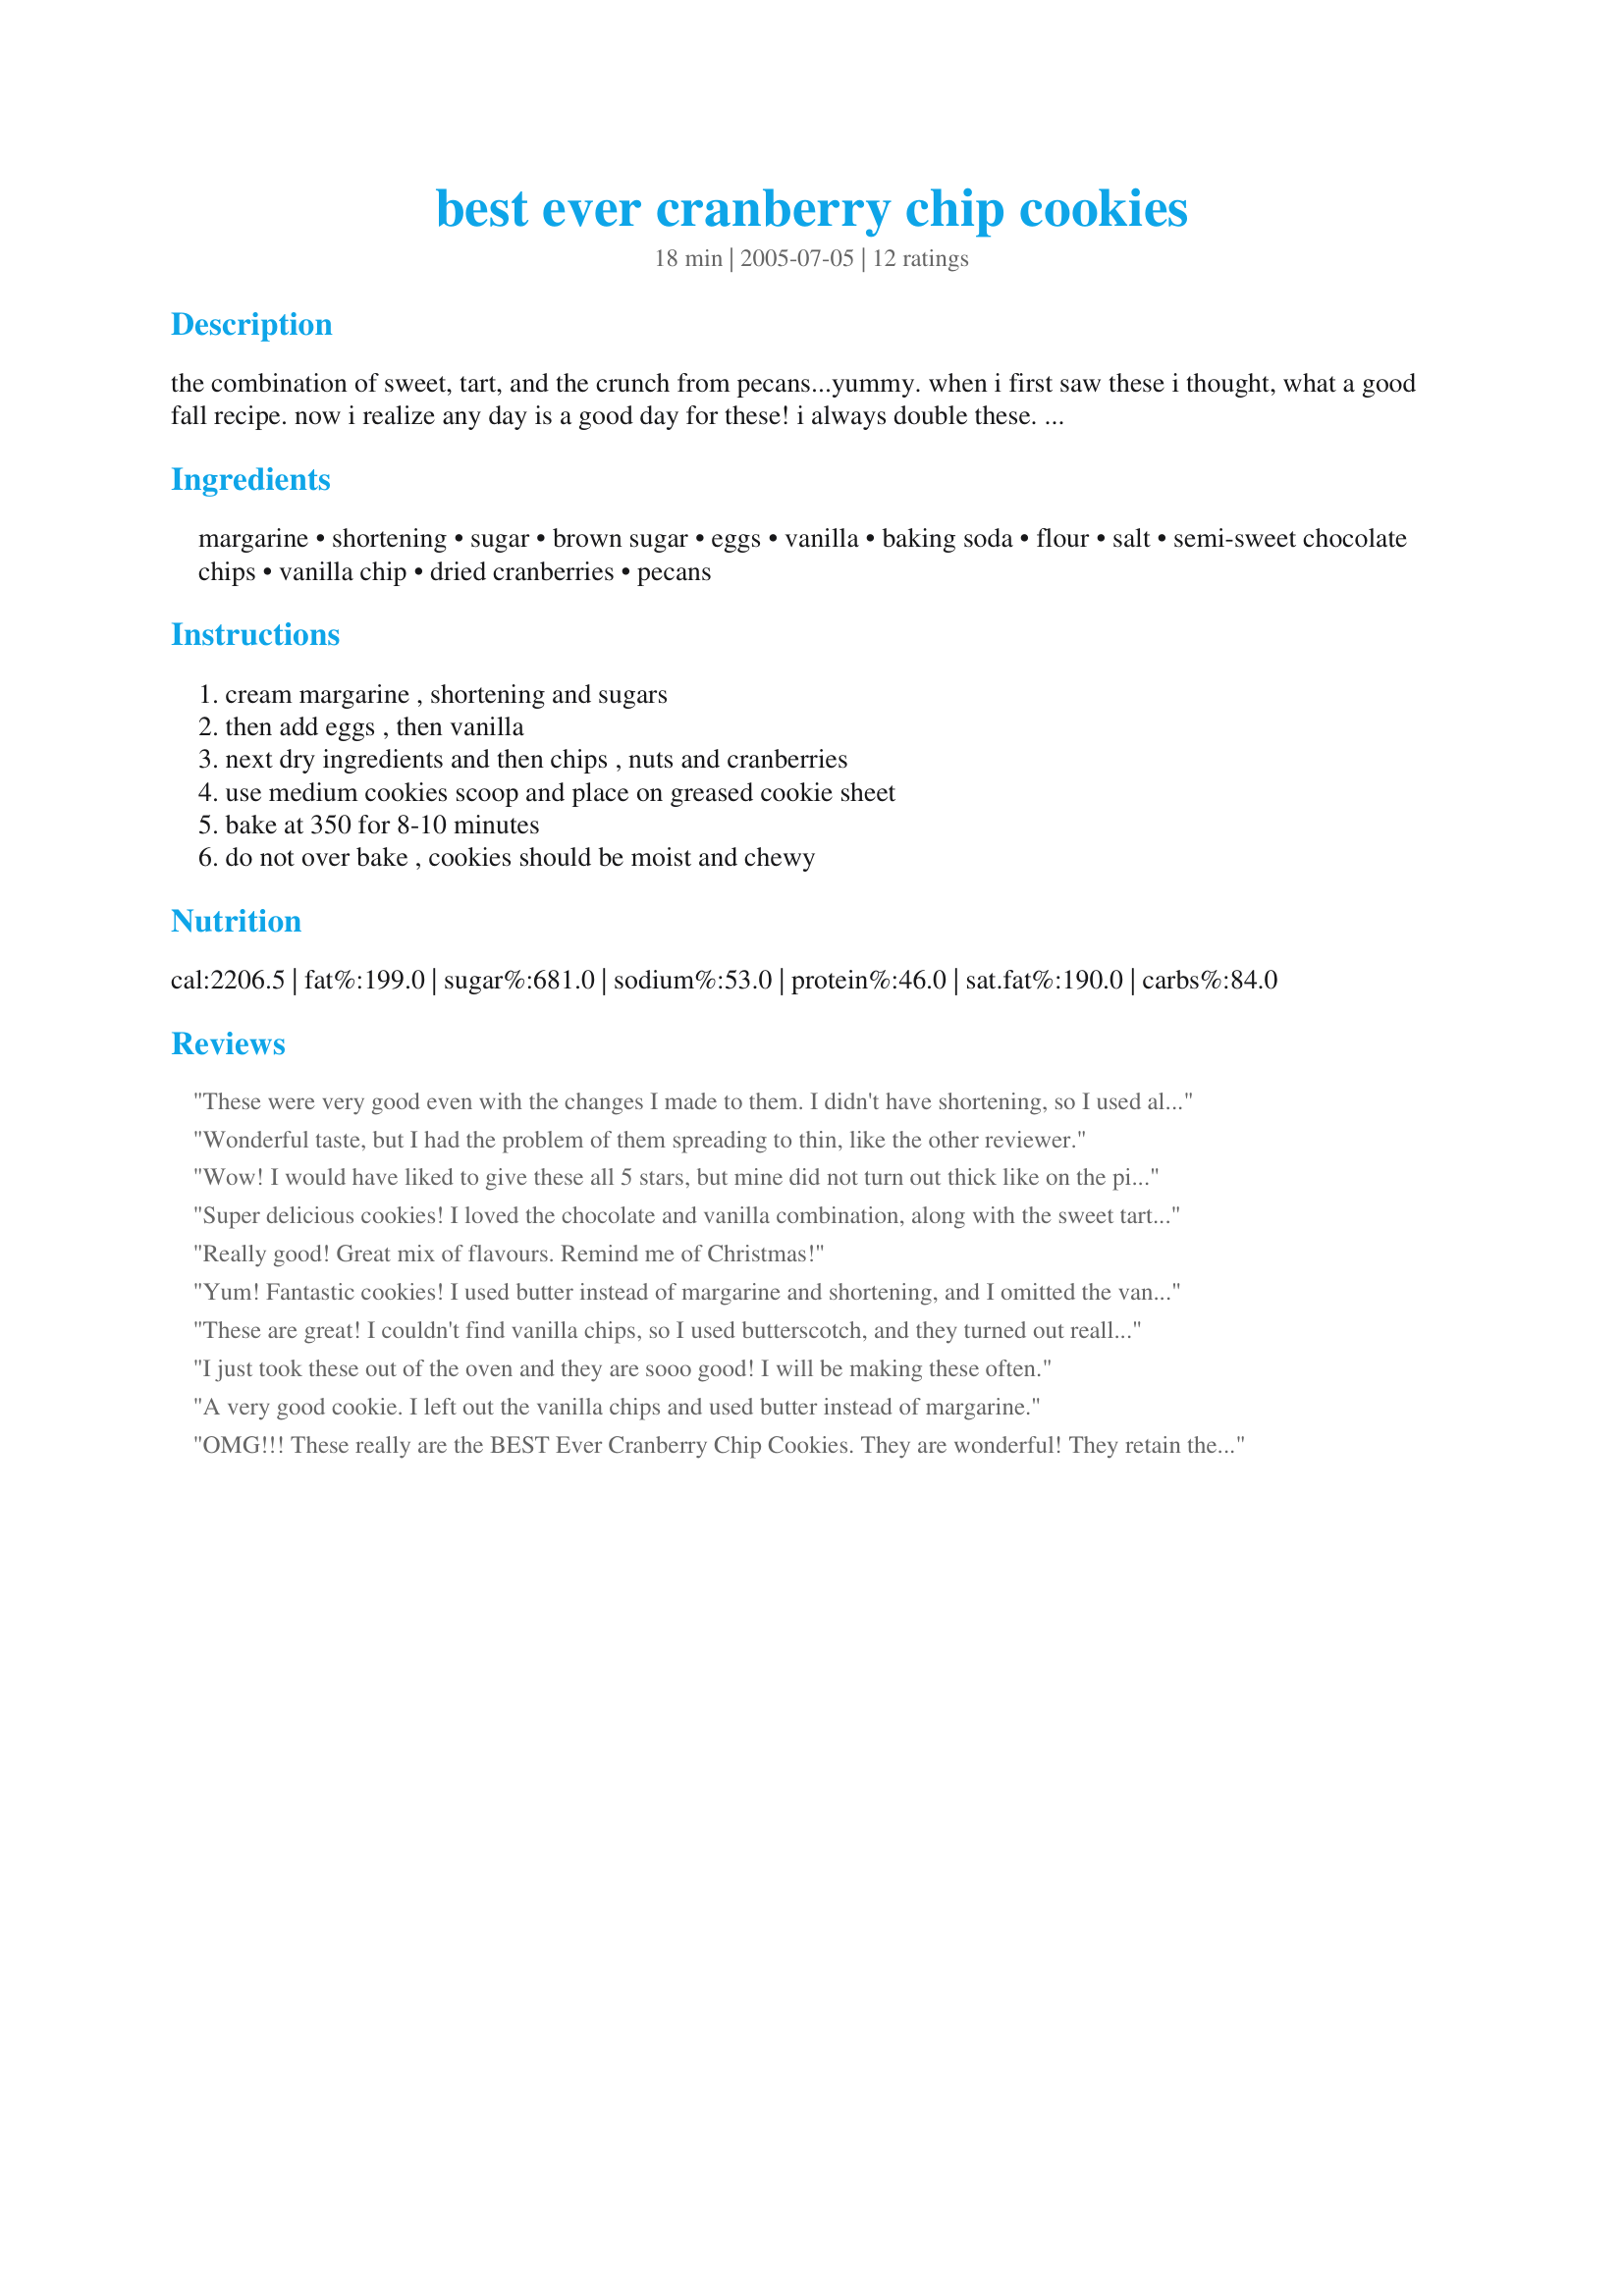
best ever cranberry chip cookies
Preparation time: 18 minutes

the combination of sweet, tart, and the crunch from pecans...yummy. when i first saw these i thought, what a good fall recipe. now i realize any day is a good day for these! i always double these. they usually go very fast but if not i refrigerate the dough for later use (up to 1 week)

Ingredients:
margarine, shortening, sugar, brown sugar, eggs, vanilla, baking soda, flour, salt, semi-sweet chocolate chips, vanilla chip, dried cranberries, pecans

Steps:
cream margarine , shortening and sugars, then add eggs , then vanilla, next dry ingredients and then chips , nuts and cranberries, use medium cookies scoop and place on greased cookie sheet, bake at 350 for 8-10 minutes, do not over bake , cookies should be moist and chewy

Reviews:
These were very good even with the changes I made to them. I didn't have shortening, so I used all butter, and instead of vanilla chips, I added a bag of toffee pieces. They were very moist and chewy and yummy. Thanks so much!
Wonderful taste, but I had the problem of them spreading to thin, like the other reviewer.
Wow! I would have liked to give these all 5 stars, but mine did not turn out thick like on the picture, mine spreaded in oven and ended up thin and quite greasy. Still very yummy! Other viewers didn't seem to have the same problem, but I might have to try and add some flour, next time. Also, one view mentioned toffee chips, I just might try them instead of chocolate chips. Just think, toffee, vanilla, cranberries and pecans...Wow!
Super delicious cookies! I loved the chocolate and vanilla combination, along with the sweet tartness of the cranberries. My cookies also spread a little more than I would like. I wonder if it would help to use 3/4 cup shortening, and 1/4 cup margarine? I might try that next time, although the cookies are really good as is! Thanks!
Really good! Great mix of flavours. Remind me of Christmas!
Yum! Fantastic cookies! I used butter instead of margarine and shortening, and I omitted the vanilla chips. These cookies were chewy and delicious!
These are great! I couldn't find vanilla chips, so I used butterscotch, and they turned out really well. These are very hearty cookies, they have a lot of stuff in them. I'll be making them again!
I just took these out of the oven and they are sooo good! I will be making these often.
A very good cookie. I left out the vanilla chips and used butter instead of margarine.
OMG!!! These really are the BEST Ever Cranberry Chip Cookies. They are wonderful! They retain their shape wonderfully while cookie and hardly spread (I like that!). Great Recipe! Thanks for sharing!!!
Oh, yum! I used all butter, otherwise as stated. Lots of white and chocolate chips which pair so well with the cranberries. Everyone is the family loved these cookies! Thanks, homegirl, for sharing your recipe!
Great recipe. I like the tartness of the cranberry with the sweetness of the chocolate. Will definitely make these again. Thanks homegirl!
